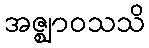
အဇ္ဈာဝသသိ